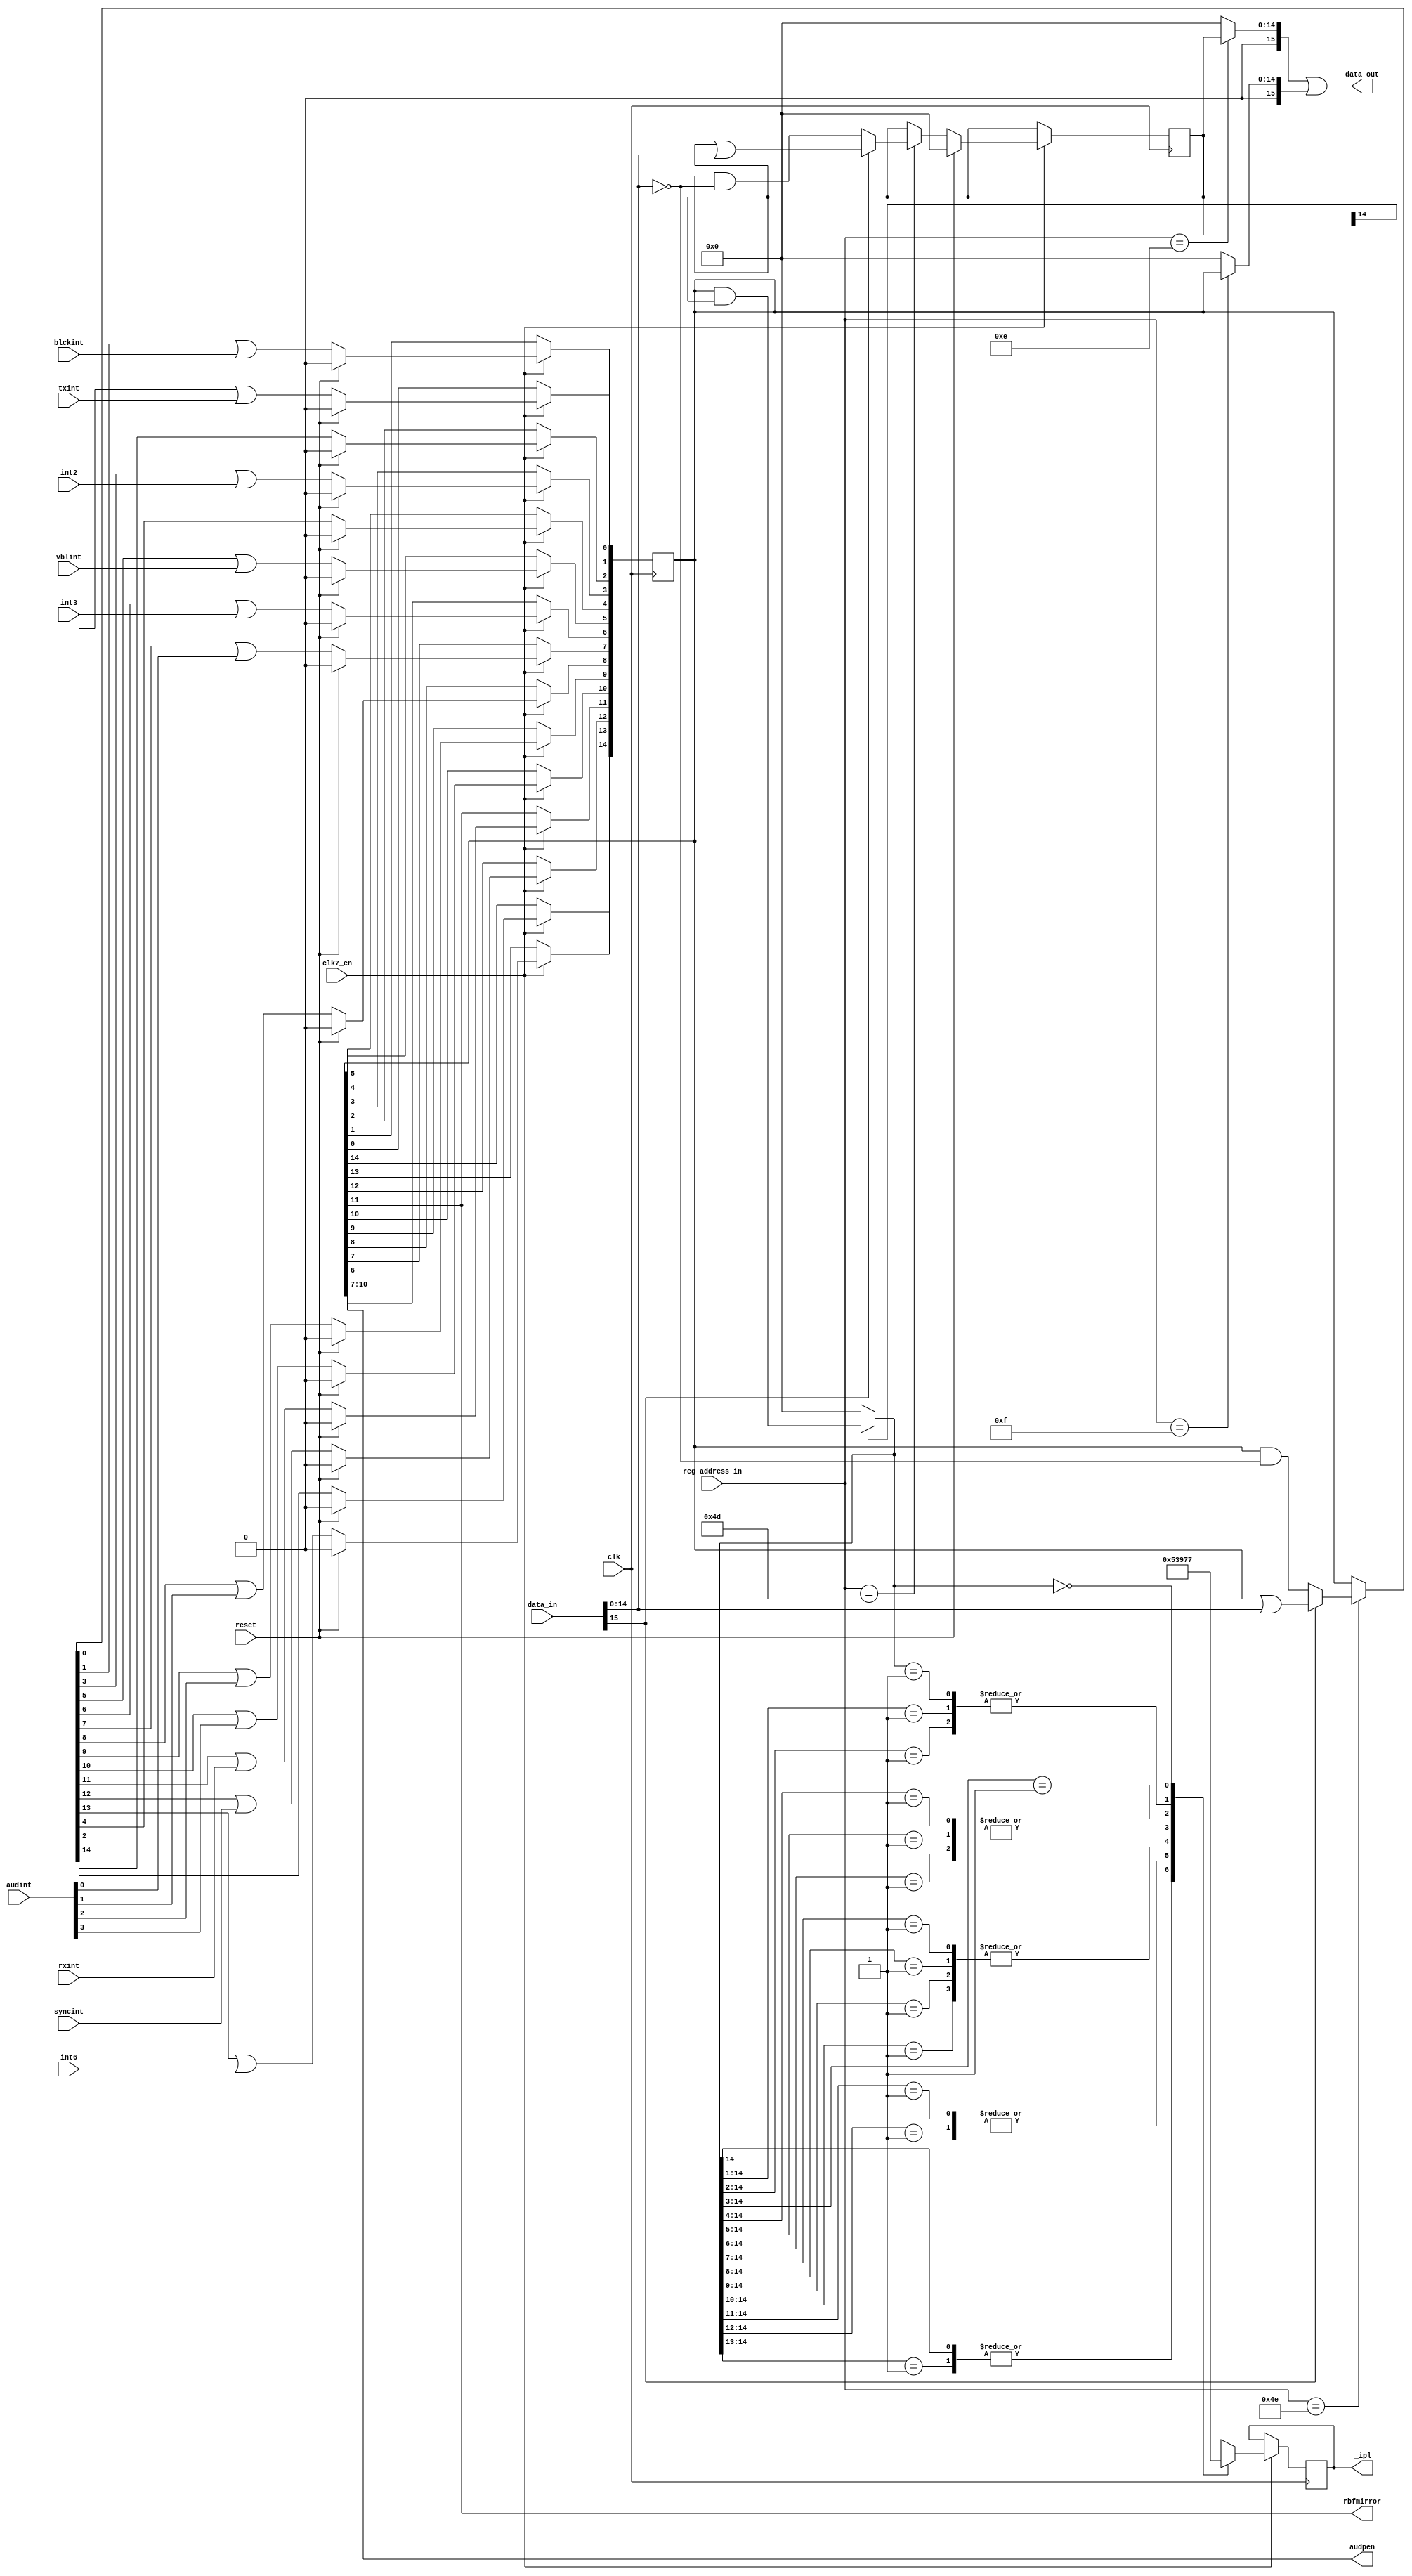
module paula_intcontroller
(
	input 	clk,		    	
  input clk7_en,
	input 	reset,			   	
	input 	[8:1] reg_address_in,	
	input	[15:0] data_in,		
	output	[15:0] data_out,		
	input	rxint,				
	input	txint,				
  input vblint,         
	input	int2,				
	input	int3,				
	input	int6,				
	input	blckint,			
	input	syncint,			
	input	[3:0] audint,		
	output	[3:0] audpen,		
	output	rbfmirror,			
	output	reg [2:0] _ipl		
);
parameter INTENAR = 9'h01c;
parameter INTREQR = 9'h01e;
parameter INTENA  = 9'h09a;
parameter INTREQ  = 9'h09c;
reg		[14:0] intena;			
reg 	[15:0] intenar;			
reg		[14:0] intreq;			
reg		[15:0] intreqr;			
assign rbfmirror = intreq[11];
assign audpen[3:0] = intreq[10:7];
assign data_out = intenar | intreqr;
always @(posedge clk) begin
  if (clk7_en) begin
  	if (reset)
  		intena <= 0;
  	else if (reg_address_in[8:1]==INTENA[8:1])
  	begin
  		if (data_in[15])
  			intena[14:0] <= intena[14:0] | data_in[14:0];
  		else
  			intena[14:0] <= intena[14:0] & (~data_in[14:0]);	
  	end
  end
end
always @(*) begin
	if (reg_address_in[8:1]==INTENAR[8:1])
		intenar[15:0] = {1'b0,intena[14:0]};
	else
		intenar = 16'd0;
end
always @(*) begin
	if (reg_address_in[8:1]==INTREQR[8:1])
		intreqr[15:0] = {1'b0,intreq[14:0]};
	else
		intreqr = 16'd0;
end
reg [14:0]tmp;
always @(*) begin
	if (reg_address_in[8:1]==INTREQ[8:1])
	begin
		if (data_in[15])
			tmp[14:0] = intreq[14:0] | data_in[14:0];
		else
			tmp[14:0] = intreq[14:0] & (~data_in[14:0]);	
 	end
	else
		tmp[14:0] = intreq[14:0];
end
always @(posedge clk) begin
  if (clk7_en) begin
	  if (reset)
	  	intreq <= 0;
	  else 
	  begin
	  	intreq[0] <= tmp[0] | txint;
	  	intreq[1] <= tmp[1] | blckint;
	  	intreq[2] <= tmp[2];
	  	intreq[3] <= tmp[3] | int2;
	  	intreq[4] <= tmp[4];
	  	intreq[5] <= tmp[5] | vblint;
	  	intreq[6] <= tmp[6] | int3;
	  	intreq[7] <= tmp[7] | audint[0];
	  	intreq[8] <= tmp[8] | audint[1];
	  	intreq[9] <= tmp[9] | audint[2];
	  	intreq[10] <= tmp[10] | audint[3];
	  	intreq[11] <= tmp[11] | rxint;
	  	intreq[12] <= tmp[12] | syncint;
	  	intreq[13] <= tmp[13] | int6;
	  	intreq[14] <= tmp[14];
	  end
  end
end						  
reg	[14:0]intreqena;
always @(*) begin
	if (intena[14])
		intreqena[14:0] = intreq[14:0] & intena[14:0];
	else
		intreqena[14:0] = 15'b000_0000_0000_0000;	
end
always @(posedge clk) begin
  if (clk7_en) begin
	  casez (intreqena[14:0])
	  	15'b1?????????????? : _ipl <= 1;
	  	15'b01????????????? : _ipl <= 1;
	  	15'b001???????????? : _ipl <= 2;
	  	15'b0001??????????? : _ipl <= 2;
	  	15'b00001?????????? : _ipl <= 3;
	  	15'b000001????????? : _ipl <= 3;
	  	15'b0000001???????? : _ipl <= 3;
	  	15'b00000001??????? : _ipl <= 3;
	  	15'b000000001?????? : _ipl <= 4;
	  	15'b0000000001????? : _ipl <= 4;
	  	15'b00000000001???? : _ipl <= 4;
	  	15'b000000000001??? : _ipl <= 5;
	  	15'b0000000000001?? : _ipl <= 6;
	  	15'b00000000000001? : _ipl <= 6;
	  	15'b000000000000001 : _ipl <= 6;
	  	15'b000000000000000 : _ipl <= 7;
	  	default:			  _ipl <= 7;
	  endcase
  end
end
endmodule